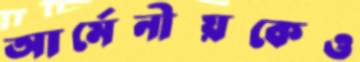
আর্মেনীয়কেও